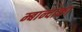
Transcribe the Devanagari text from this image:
म्बान्दाका